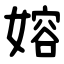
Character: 嫆